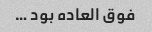
فوق العاده بود …